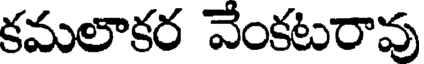
కమలాకర వేంకటరావు